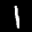
Label: 1